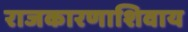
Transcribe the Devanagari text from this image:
राजकारणाशिवाय